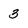
Character: 3